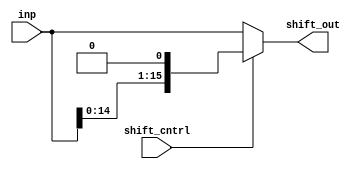
module shifter_div( inp, shift_cntrl, shift_out);

input [15:0] inp;
input shift_cntrl;
output reg[15:0] shift_out;


always@(shift_cntrl, inp)
begin
	if(shift_cntrl)
		shift_out  = (inp << 1);
	else 
		shift_out  = inp;
end


endmodule